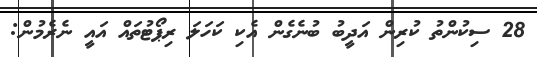
28 ސިކުންތު ކުރިން އަދީބު ބުނެގެން އެކި ކަހަލަ ރިޕޯޓުތައް އައީ ނެރެމުން: